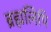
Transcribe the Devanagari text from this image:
ब्रह्मलिपि